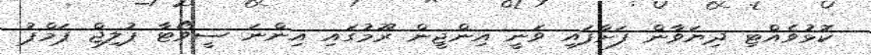
ކޮޅުވެއްޓި ދިޔަވާން ފަށާފައި ވަނީ އިންޖީން ރޫމުގައި އިންނަ ސީވޯޓާ ޕުލިޖް ޕަމްޕު